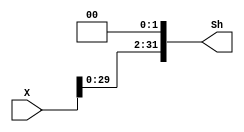
`timescale 1ns / 1ps
//////////////////////////////////////////////////////////////////////////////////
// Company: 
// Engineer: 
// 
// Design Name: 
// Module Name: SHIFTER32_L2
// Project Name: 
// Target Devices: 
// Tool Versions: 
// Description: 
// 
// Dependencies: 
// 
// Revision:
// Revision 0.01 - File Created
// Additional Comments:
// 
//////////////////////////////////////////////////////////////////////////////////


module SHIFTER32_L2(X,Sh);
input [31:0] X;
output [31:0] Sh;
parameter z=2'b00;
assign Sh={X[29:0],z};
endmodule